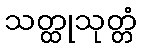
သတ္ထုသုတ္တံ